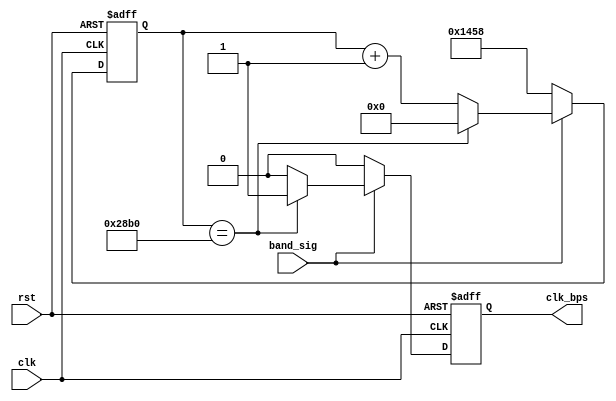
`timescale 1ns / 1ps
module rx_band_gen(
    input clk,
    input rst,
    input band_sig,
    output reg clk_bps
    );
    parameter SYS_RATE = 100000000;
    parameter BAND_RATE = 9600;
    parameter CNT_BAND = SYS_RATE / BAND_RATE;
    parameter HALF_CNT_BAND = CNT_BAND / 2;
    reg [13:0]cnt_bps;
    always @( posedge clk or posedge rst )
    if( rst )
        begin
            cnt_bps <= HALF_CNT_BAND;
            clk_bps <= 1'b0;
        end
    else if( !band_sig )
        begin
            cnt_bps <= HALF_CNT_BAND;
            clk_bps <= 1'b0;
        end
    else if( cnt_bps == CNT_BAND )
        begin
            cnt_bps <= 14'd0;
            clk_bps <= 1'b1;
        end
    else
        begin
            cnt_bps <= cnt_bps + 1'b1;
            clk_bps <= 1'b0;
        end
endmodule